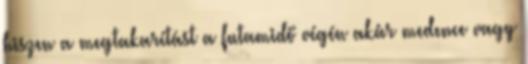
hiszen a megtakarítást a futamidő végén akár medence vagy